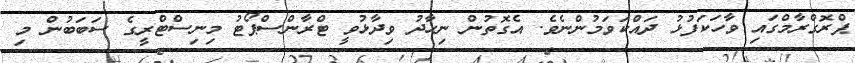
ޕްރޮގްރާމްގައި ވާހަކަފުޅު ދައްކަވަމުންނެވެ. އެގޮތުން ނިހާދު ވިދާޅުވީ ޓްރާންސްޕޯޓު މިނިސްޓްރީގެ ސަބަބުން މި